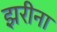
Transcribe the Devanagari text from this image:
झरीना